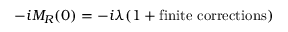
- i M _ { R } ( 0 ) = - i \lambda ( 1 + \mathrm { f i n i t e \ c o r r e c t i o n s } )